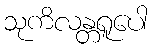
သုကိလန္တရူပေါ